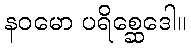
နဝမော ပရိစ္ဆေဒေါ။